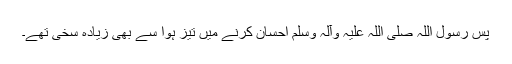
پس رسول اللہ صلی اللہ علیہ وآلہ وسلم احسان کرنے میں تیز ہوا سے بھی زیادہ سخی تھے۔